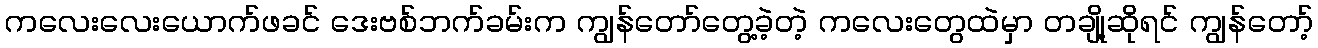
ကလေးလေးယောက်ဖခင် ဒေးဗစ်ဘက်ခမ်းက ကျွန်တော်တွေ့ခဲ့တဲ့ ကလေးတွေထဲမှာ တချို့ဆိုရင် ကျွန်တော့်